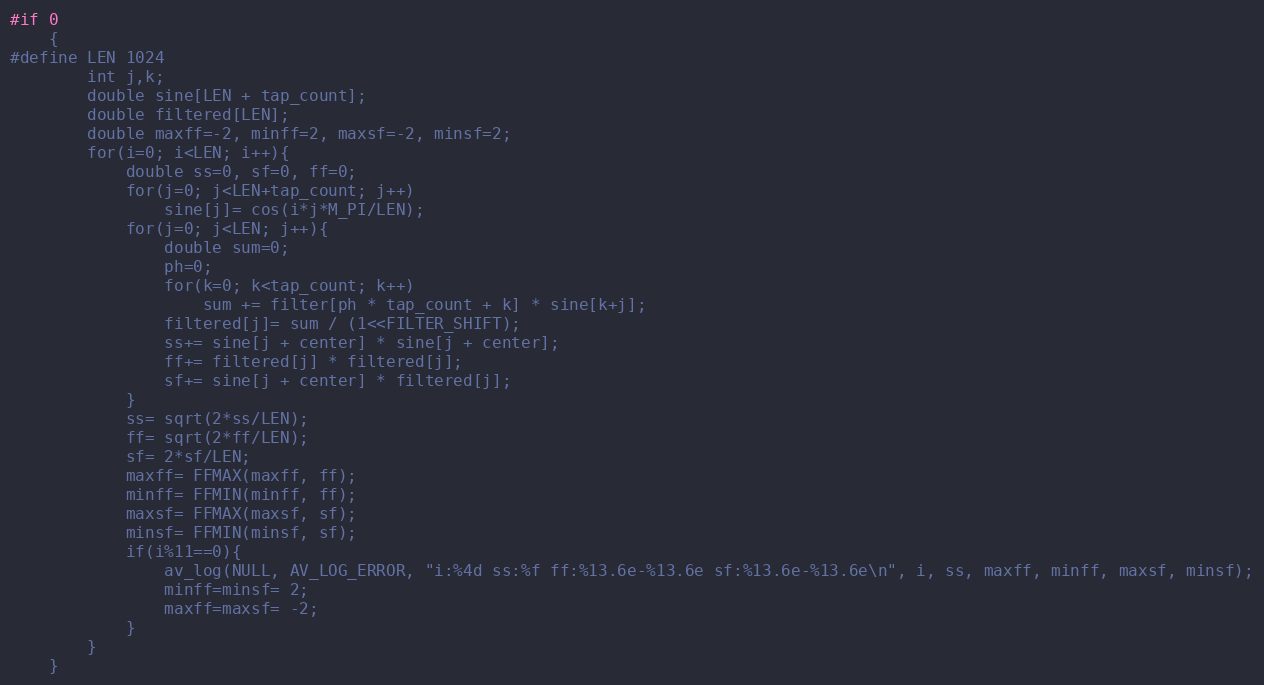
Language: C
#if 0
    {
#define LEN 1024
        int j,k;
        double sine[LEN + tap_count];
        double filtered[LEN];
        double maxff=-2, minff=2, maxsf=-2, minsf=2;
        for(i=0; i<LEN; i++){
            double ss=0, sf=0, ff=0;
            for(j=0; j<LEN+tap_count; j++)
                sine[j]= cos(i*j*M_PI/LEN);
            for(j=0; j<LEN; j++){
                double sum=0;
                ph=0;
                for(k=0; k<tap_count; k++)
                    sum += filter[ph * tap_count + k] * sine[k+j];
                filtered[j]= sum / (1<<FILTER_SHIFT);
                ss+= sine[j + center] * sine[j + center];
                ff+= filtered[j] * filtered[j];
                sf+= sine[j + center] * filtered[j];
            }
            ss= sqrt(2*ss/LEN);
            ff= sqrt(2*ff/LEN);
            sf= 2*sf/LEN;
            maxff= FFMAX(maxff, ff);
            minff= FFMIN(minff, ff);
            maxsf= FFMAX(maxsf, sf);
            minsf= FFMIN(minsf, sf);
            if(i%11==0){
                av_log(NULL, AV_LOG_ERROR, "i:%4d ss:%f ff:%13.6e-%13.6e sf:%13.6e-%13.6e\n", i, ss, maxff, minff, maxsf, minsf);
                minff=minsf= 2;
                maxff=maxsf= -2;
            }
        }
    }